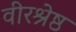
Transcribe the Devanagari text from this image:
वीरश्रेष्ठ